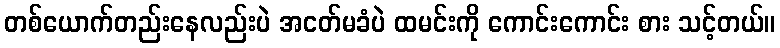
တစ်ယောက်တည်းနေလည်းပဲ အငတ်မခံပဲ ထမင်းကို ကောင်းကောင်း စား သင့်တယ်။